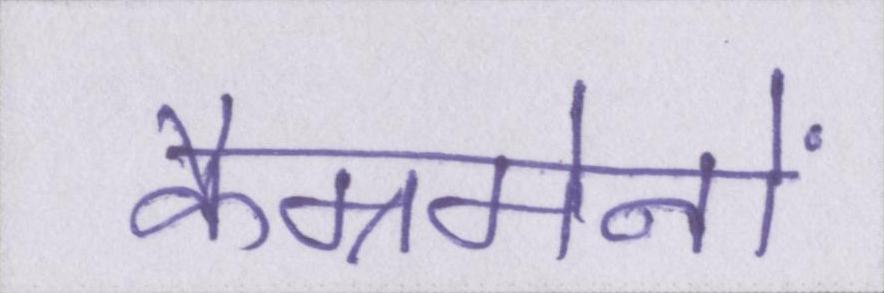
कैम्रमेनों